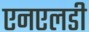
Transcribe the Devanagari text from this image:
एनएलडी